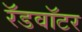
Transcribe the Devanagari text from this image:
रॅडवॉटर